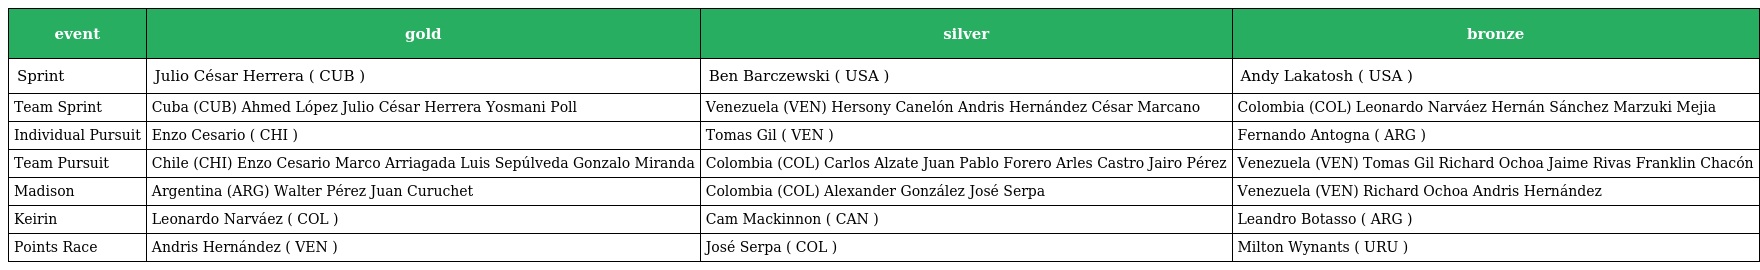
| event | gold | silver | bronze |
 | --- | --- | --- | --- |
 | Sprint | Julio César Herrera ( CUB ) | Ben Barczewski ( USA ) | Andy Lakatosh ( USA ) |
 | Team Sprint | Cuba (CUB) Ahmed López Julio César Herrera Yosmani Poll | Venezuela (VEN) Hersony Canelón Andris Hernández César Marcano | Colombia (COL) Leonardo Narváez Hernán Sánchez Marzuki Mejia |
 | Individual Pursuit | Enzo Cesario ( CHI ) | Tomas Gil ( VEN ) | Fernando Antogna ( ARG ) |
 | Team Pursuit | Chile (CHI) Enzo Cesario Marco Arriagada Luis Sepúlveda Gonzalo Miranda | Colombia (COL) Carlos Alzate Juan Pablo Forero Arles Castro Jairo Pérez | Venezuela (VEN) Tomas Gil Richard Ochoa Jaime Rivas Franklin Chacón |
 | Madison | Argentina (ARG) Walter Pérez Juan Curuchet | Colombia (COL) Alexander González José Serpa | Venezuela (VEN) Richard Ochoa Andris Hernández |
 | Keirin | Leonardo Narváez ( COL ) | Cam Mackinnon ( CAN ) | Leandro Botasso ( ARG ) |
 | Points Race | Andris Hernández ( VEN ) | José Serpa ( COL ) | Milton Wynants ( URU ) |